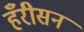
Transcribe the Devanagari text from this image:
हँरीसन